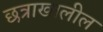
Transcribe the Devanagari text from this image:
छत्राखालील